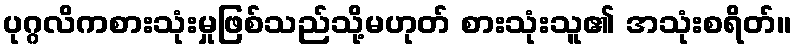
ပုဂ္ဂလိကစားသုံးမှုဖြစ်သည်သို့မဟုတ် စားသုံးသူ၏ အသုံးစရိတ်။